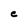
Character: e